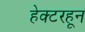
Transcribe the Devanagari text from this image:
हेक्टरहून